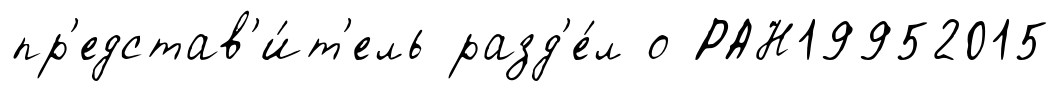
пр'едстав'и́т'ель разд'е́л о РАН19952015